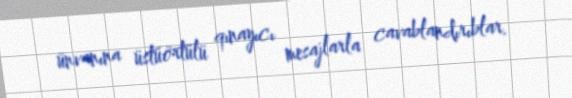
ünvanına üstüörtülü qınayıcı mesajlarla cavablandırıblar.